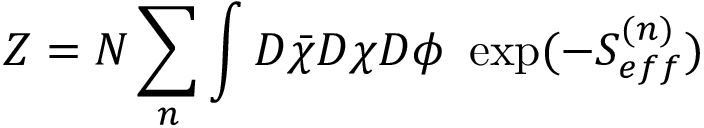
{ \cal Z } = { \cal N } \sum _ { n } \int D \bar { \chi } D \chi D \phi ~ \exp ( - S _ { e f f } ^ { ( n ) } )